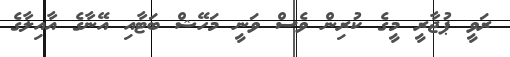
ރަވީ ޕުޖާރީ މީގެ ކުރިން ވެސް ވަނީ މަހޭޝް ބަޓާއި އޭނާގެ އާއިލާގެ